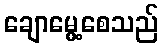
ချောမွေ့စေသည်